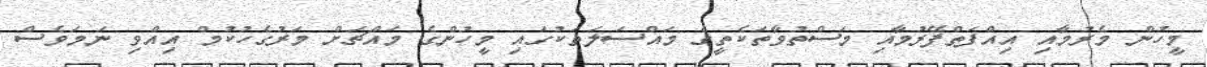
މީހުން މެރުމާއި އިއްފަތްފޭރުމާއި މަސްތުވާތަކެތީގެ މައްސަލަތަކުގައި މީހުންގެ މައްޗަށް މަރުގެހުކުމް އިއްވި ނަމަވެސް